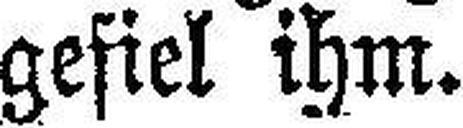
gefiel ihm.